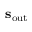
\mathbf { s } _ { \mathrm { o u t } }